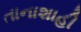
તાનાશાહી